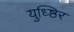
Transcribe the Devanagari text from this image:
युध्ष्ठिर